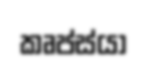
කෘප්ස්යා